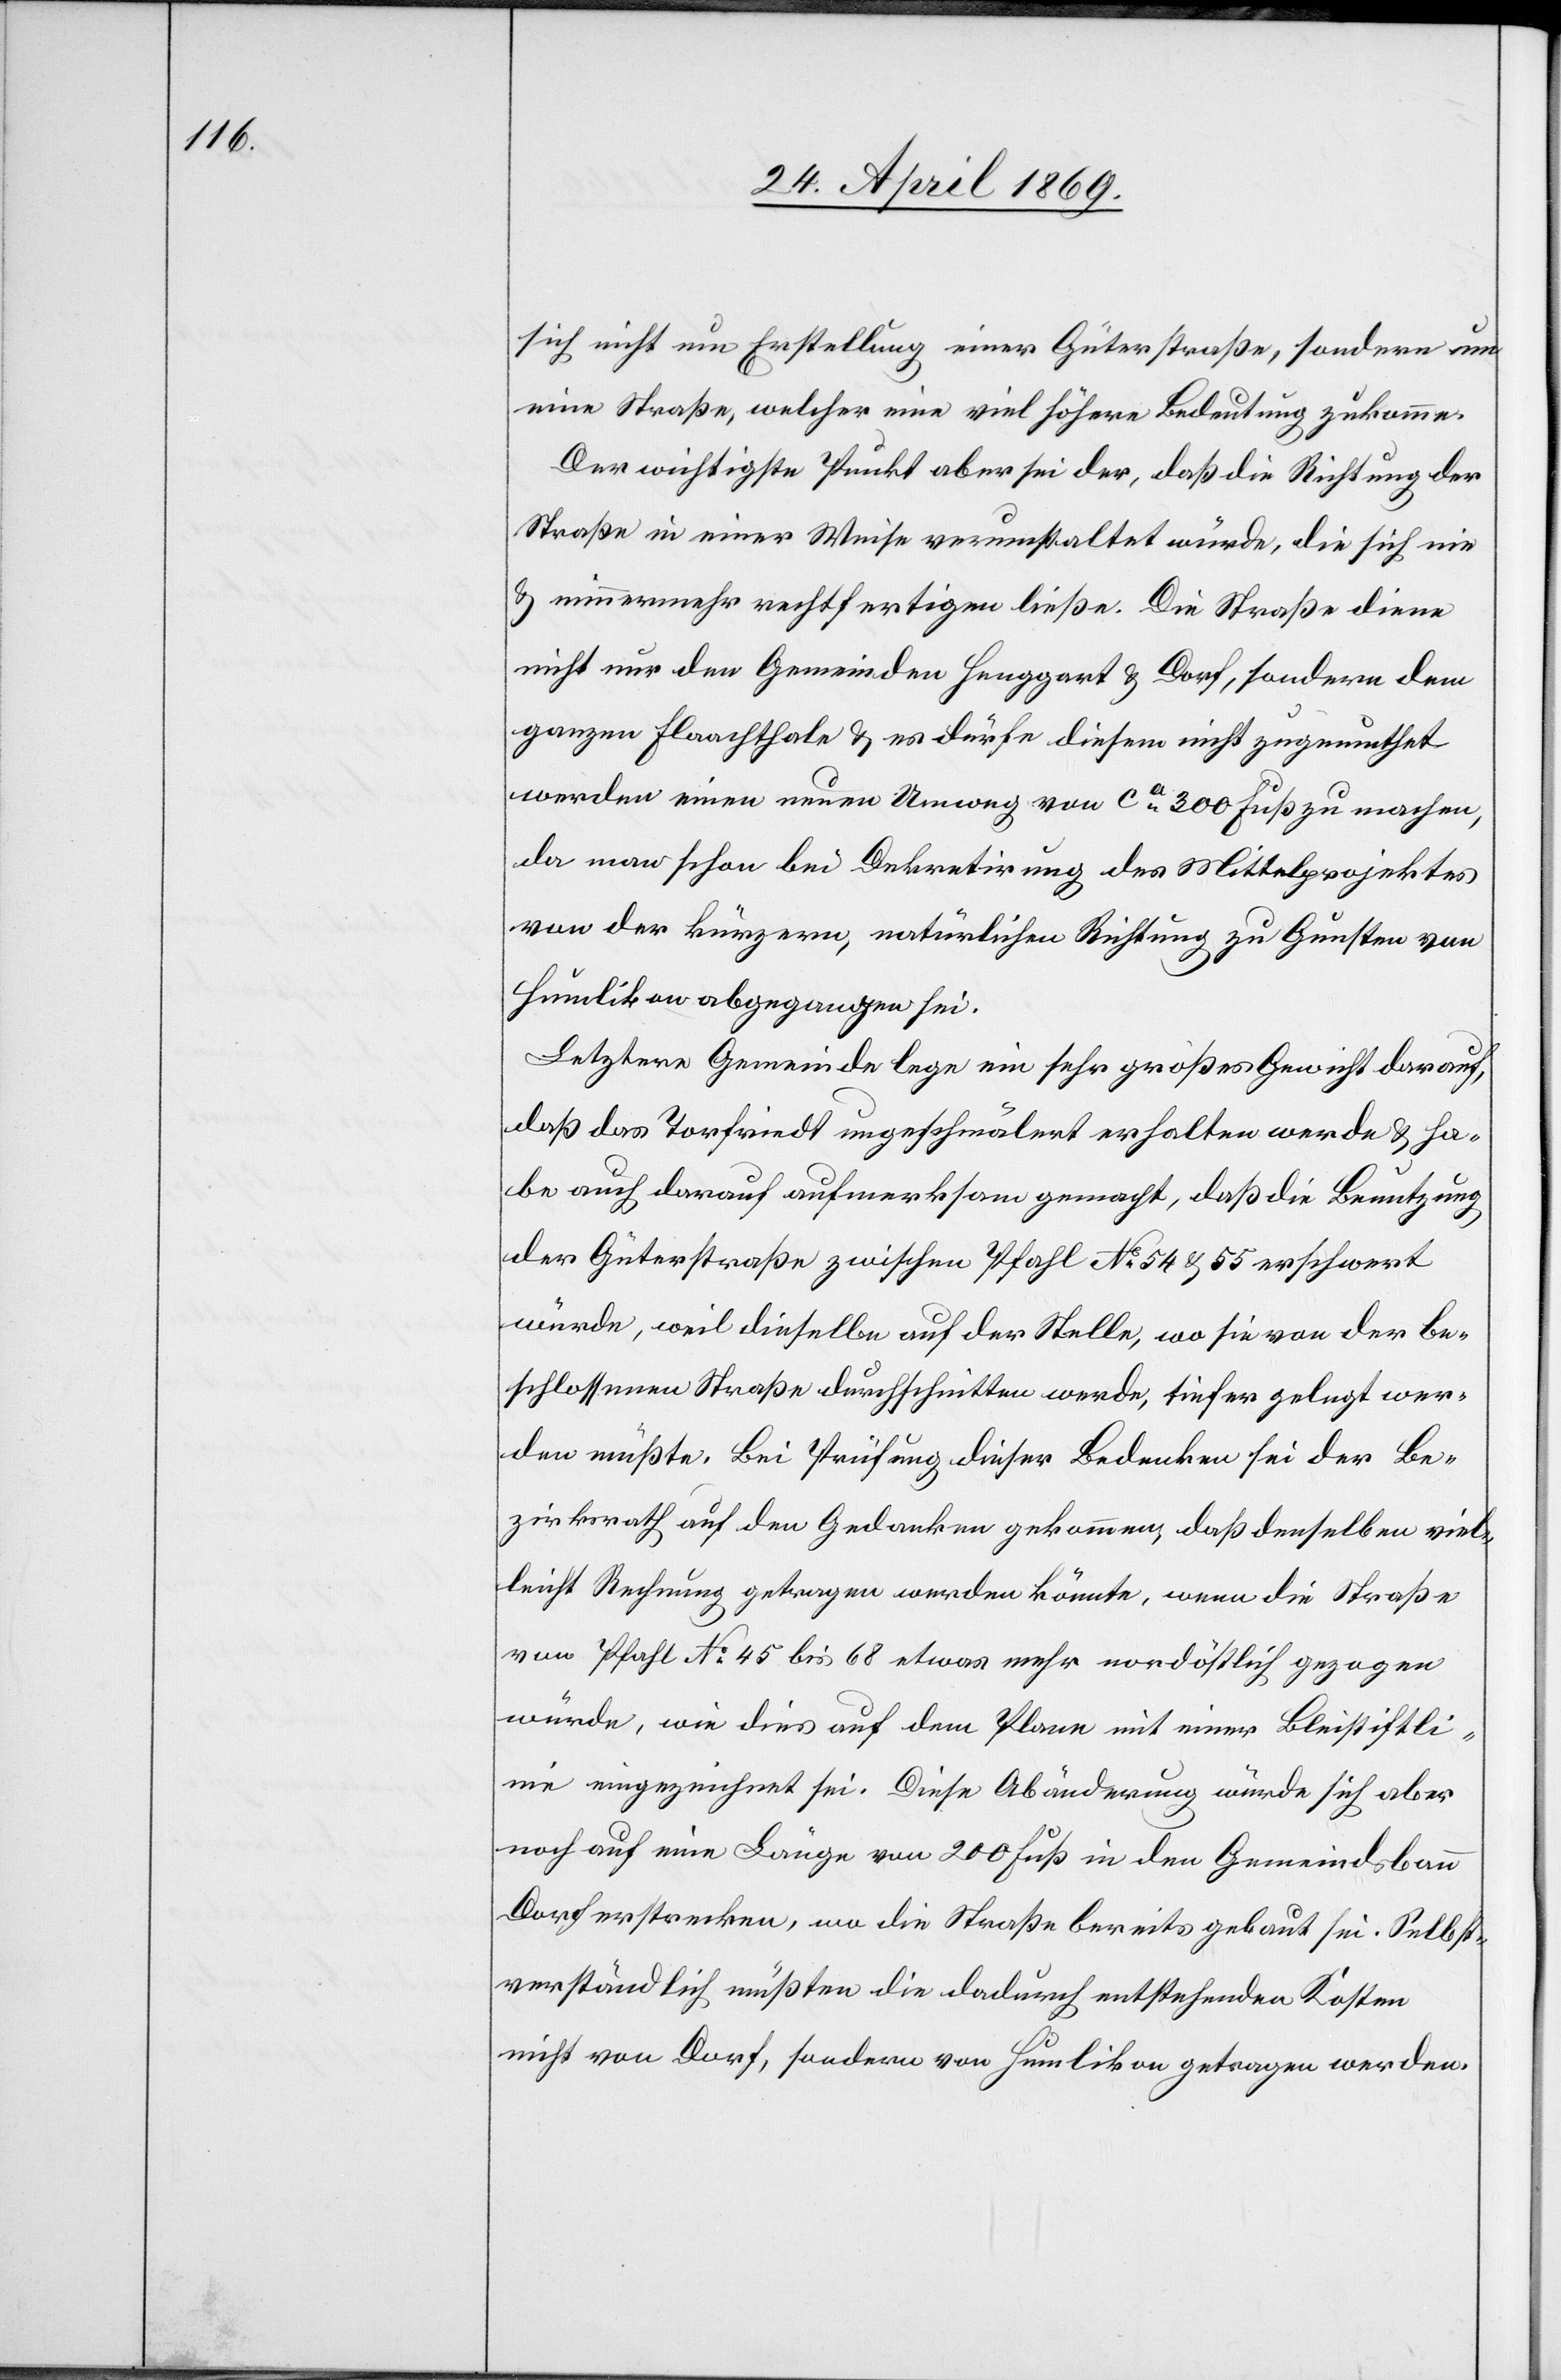
sich nicht um Erstellung einer Güterstraße, sondern um
eine Straße, welcher eine viel höhere Bedeutung zukomme.
Der wichtigste Punkt aber sei der, daß die Richtung der
Straße in einer Weise verunstaltet würde, die sich nie
u. nimmermehr rechtfertigen ließe. Die Straße diene
nicht nur den Gemeinden Henggart u. Dorf, sondern dem
ganzen Flaachthale u. es dürfe diesem nicht zugemuthet
werden einen neuen Umweg von ca 300 Fuß zu machen,
da man schon bei der Dekretirung des Mittelprojektes
von der kürzern, natürlichen Richtung zu Gunsten von
Humlikon abgegangen sei.
Letztere Gemeinde lege ein sehr größeres Gewicht darauf,
daß das Torfriedt ungeschmälert erhalten werde u. ha¬
be auch darauf aufmerksam gemacht, daß die Benutzung
der Güterstraße zwischen Pfahl N° 54 u. 55 erschwert
würde, weil dieselbe auf der Stelle, wo sie von der be¬
schlossenen Straße durchschnitten werde, tiefer gelegt wer¬
den müßte. Bei Prüfung dieser Bedenken sei der Be¬
zirksrath auf den Gedanken gekommen, daß denselben viel¬
leicht Rechnung getragen könnte, wenn die Straße
vom Pfahl N° 45 bis 68 etwas mehr nordöstlich gezogen
würde, wie dies auf dem Plane mit einer Bleistiftli¬
nie eingezeichnet sei. Diese Abänderung würde sich aber
noch auf eine Länge von 200 Fuß in den Gemeindsbann
Dorf erstrecken, wo die Straße bereits gebaut sei. Selbst¬
verständlich müßten die dadurch entstehenden Kosten
nicht von Dorf, sondern von Humlikon getragen werden.